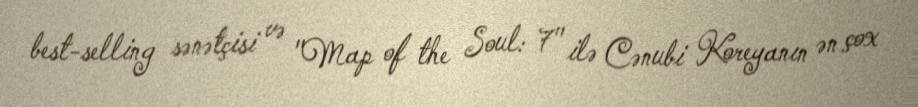
best-selling sənətçisi və "Map of the Soul: 7" ilə Cənubi Koreyanın ən çox